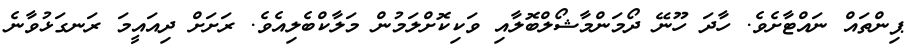
ޕިންތައް ނައްޓާށެވެ. ހާދަ ހޫނޭ ދޯމަންމާޝޯލްބޮލާއި ވަކިކޮށްލަމުން މަލާކްބެލިއެވެ. ރަށަށް ދިއައީމަ ރަނގަޅުވާނެ